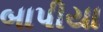
બાપીયા